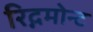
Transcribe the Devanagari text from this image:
रिद्गमोन्ट